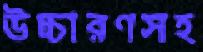
উচ্চারণসহ